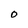
Character: 0